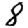
Digit: 8